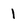
Character: 1